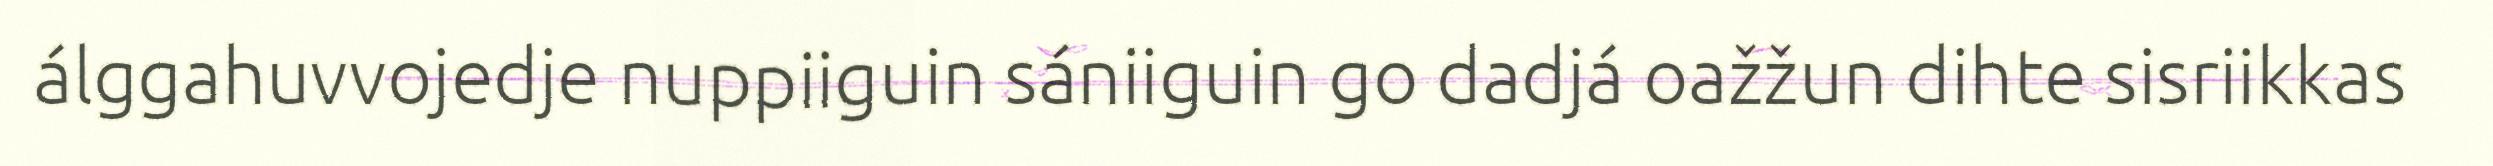
álggahuvvojedje nuppiiguin sániiguin go dadjá oažžun dihte sisriikkas